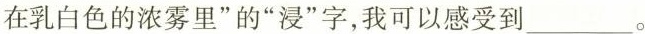
在乳白色的浓雾里”的”浸”字，我可以感受到___。